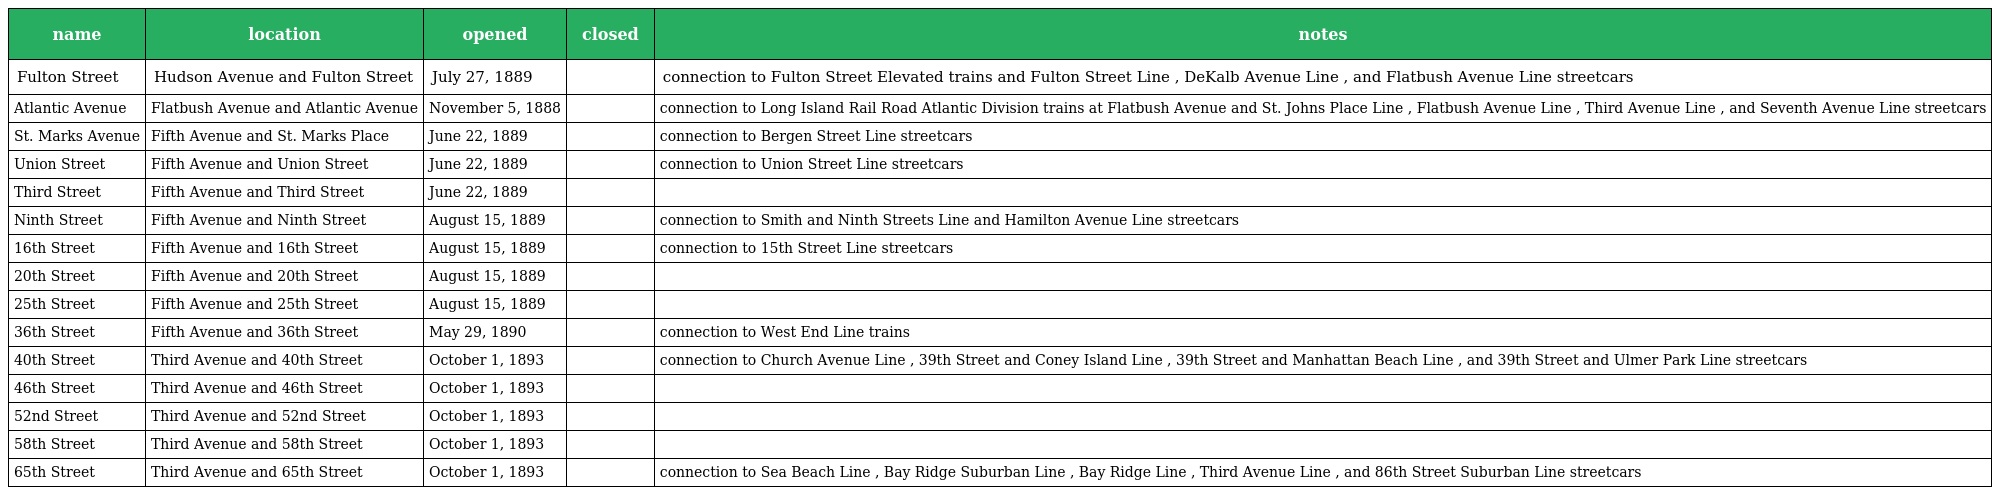
| name | location | opened | closed | notes |
 | --- | --- | --- | --- | --- |
 | Fulton Street | Hudson Avenue and Fulton Street | July 27, 1889 |  | connection to Fulton Street Elevated trains and Fulton Street Line , DeKalb Avenue Line , and Flatbush Avenue Line streetcars |
 | Atlantic Avenue | Flatbush Avenue and Atlantic Avenue | November 5, 1888 |  | connection to Long Island Rail Road Atlantic Division trains at Flatbush Avenue and St. Johns Place Line , Flatbush Avenue Line , Third Avenue Line , and Seventh Avenue Line streetcars |
 | St. Marks Avenue | Fifth Avenue and St. Marks Place | June 22, 1889 |  | connection to Bergen Street Line streetcars |
 | Union Street | Fifth Avenue and Union Street | June 22, 1889 |  | connection to Union Street Line streetcars |
 | Third Street | Fifth Avenue and Third Street | June 22, 1889 |  |  |
 | Ninth Street | Fifth Avenue and Ninth Street | August 15, 1889 |  | connection to Smith and Ninth Streets Line and Hamilton Avenue Line streetcars |
 | 16th Street | Fifth Avenue and 16th Street | August 15, 1889 |  | connection to 15th Street Line streetcars |
 | 20th Street | Fifth Avenue and 20th Street | August 15, 1889 |  |  |
 | 25th Street | Fifth Avenue and 25th Street | August 15, 1889 |  |  |
 | 36th Street | Fifth Avenue and 36th Street | May 29, 1890 |  | connection to West End Line trains |
 | 40th Street | Third Avenue and 40th Street | October 1, 1893 |  | connection to Church Avenue Line , 39th Street and Coney Island Line , 39th Street and Manhattan Beach Line , and 39th Street and Ulmer Park Line streetcars |
 | 46th Street | Third Avenue and 46th Street | October 1, 1893 |  |  |
 | 52nd Street | Third Avenue and 52nd Street | October 1, 1893 |  |  |
 | 58th Street | Third Avenue and 58th Street | October 1, 1893 |  |  |
 | 65th Street | Third Avenue and 65th Street | October 1, 1893 |  | connection to Sea Beach Line , Bay Ridge Suburban Line , Bay Ridge Line , Third Avenue Line , and 86th Street Suburban Line streetcars |